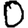
Digit: 0